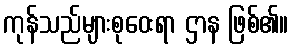
ကုန်သည်များစုဝေးရာ ဌာန ဖြစ်၏။